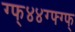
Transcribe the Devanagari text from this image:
ग्फ्४४ग्फ्ग्फ्